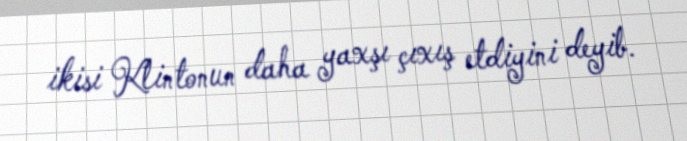
ikisi Klintonun daha yaxşı çıxış etdiyini deyib.